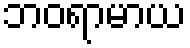
ဘဝရာမာယ